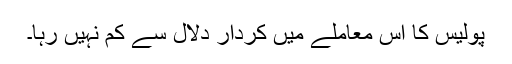
پولیس کا اس معاملے میں کردار دلال سے کم نہیں رہا۔